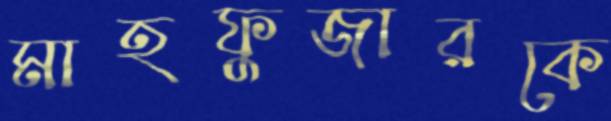
মাহফুজারকে